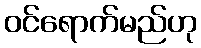
ဝင်ရောက်မည်ဟု